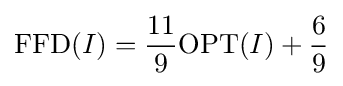
\mathrm {FFD} (I)={\frac {11}{9}}\mathrm {OPT} (I)+{\frac {6}{9}}